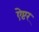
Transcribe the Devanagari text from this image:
ऐप्टर